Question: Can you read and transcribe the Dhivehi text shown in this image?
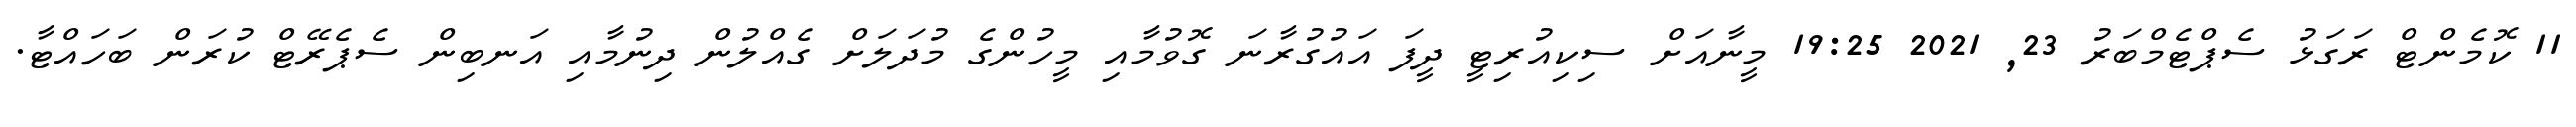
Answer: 11 ކޮމެންޓް ރަގަޅު ސެޕްޓެމްބަރު 23, 2021 19:25 މީނާއަށް ސިކިއުރިޓީ ދީފަ އައުގުރާނަ ގޮވުމާއި މީހުންގެ މުދަލަށް ގެއްލުން ދިނުމާއި އަނބިން ސެޕެރޭޓް ކުރަން ބަހައްޓާ.